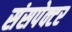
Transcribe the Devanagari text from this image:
संसपेक्टर